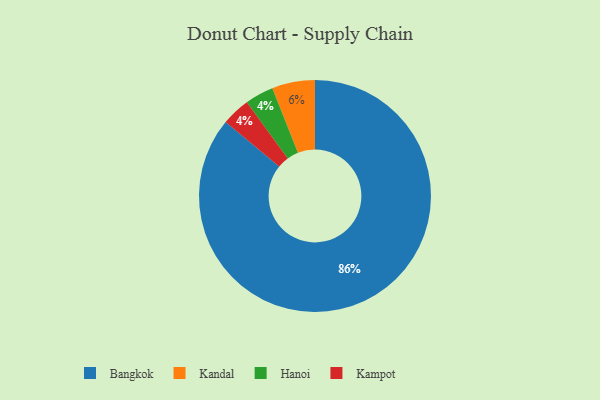
{"axis": {"x": "Category", "y": "Percentage"}, "legend": ["Bangkok", "Hanoi", "Kampot", "Kandal"], "data": [{"x": "Hanoi", "y": 4, "type": "Hanoi"}, {"x": "Kandal", "y": 6, "type": "Kandal"}, {"x": "Kampot", "y": 4, "type": "Kampot"}, {"x": "Bangkok", "y": 86, "type": "Bangkok"}]}